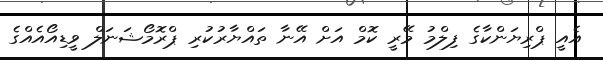
އެއީ ޕްރިޔަންކާގެ ފިލްމު މޭރީ ކޮމް އަށް އޭނާ ތައްޔާރުކުރި ޕްރޮމޯޝަނަލް ވީޑިއޯއެއްގެ